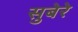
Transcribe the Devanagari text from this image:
सुबेरे